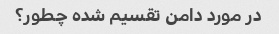
در مورد دامن تقسیم شده چطور؟